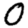
Digit: 0